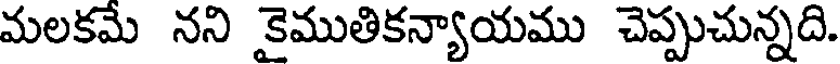
మలకమే నని కైముతికన్యాయము చెప్పుచున్నది.